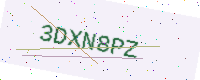
Text: 3DXN8PZ